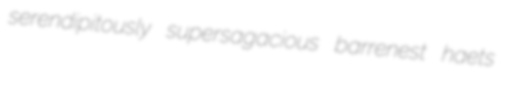
serendipitously supersagacious barrenest haets